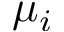
\mu _ { i }